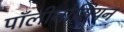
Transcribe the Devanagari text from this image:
पॉलीनोसियन